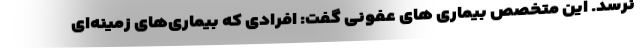
نرسد. این متخصص بیماری های عفونی گفت: افرادی که بیماری‌های زمینه‌ای